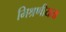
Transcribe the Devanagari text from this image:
मिश्रणीयता